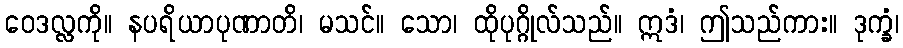
ဝေဒလ္လကို။ နပရိယာပုဏာတိ၊ မသင်။ သော၊ ထိုပုဂ္ဂိုလ်သည်။ ဣဒံ၊ ဤသည်ကား။ ဒုက္ခံ၊